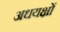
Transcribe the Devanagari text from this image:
अधयक्षों